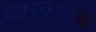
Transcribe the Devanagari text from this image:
कारकारन